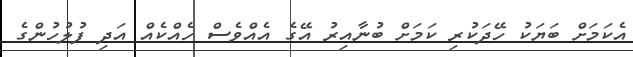
އެކަމަށް ބަޔަކު ހޭދަކުރި ކަމަށް ބުނާއިރު އޭގެ އެއްވެސް ހެއްކެއް އަދި ފުލުހުންގެ